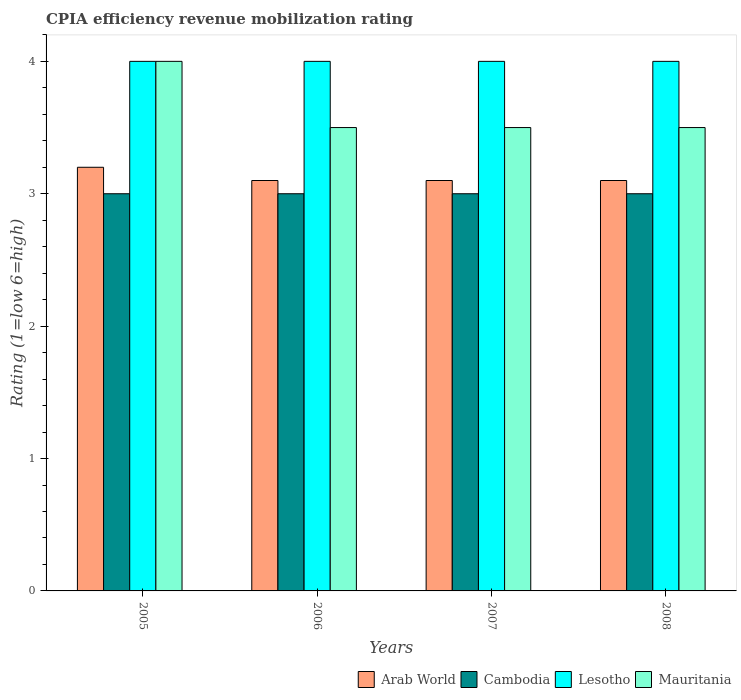
| Years | Arab World | Cambodia | Lesotho | Mauritania |
 | --- | --- | --- | --- | --- |
 | 2005 | 3.2 | 3 | 4 | 4 |
 | 2006 | 3.1 | 3 | 4 | 3.5 |
 | 2007 | 3.1 | 3 | 4 | 3.5 |
 | 2008 | 3.1 | 3 | 4 | 3.5 |